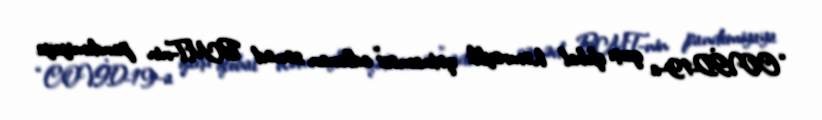
“COVİD-19-a qarşı qlobal həmrəylik qətnaməsi” adlanan sənəd BMT-nin pandemiyaya